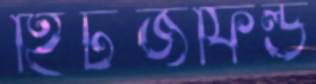
হিটজফিল্ড